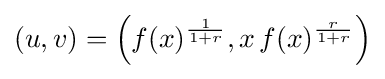
(u,v)=\left(f(x)^{\frac {1}{1+r}},x\,f(x)^{\frac {r}{1+r}}\right)